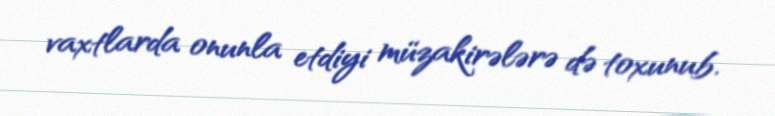
vaxtlarda onunla etdiyi müzakirələrə də toxunub.